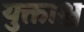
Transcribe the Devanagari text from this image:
युक्ताश्च